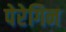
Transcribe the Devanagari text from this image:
पेरेगिन